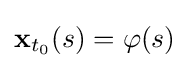
\mathbf {x} _{t_{0}}(s)=\mathbf {\varphi } (s)